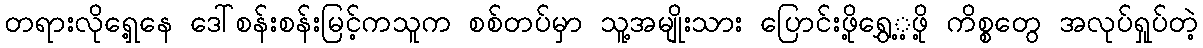
တရားလိုရှေ့နေ ဒေါ်စန်းစန်းမြင့်ကသူက စစ်တပ်မှာ သူ့အမျိုးသား ပြောင်းဖို့ရွှေ့့ဖို့ ကိစ္စတွေ အလုပ်ရှုပ်တဲ့